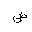
Letter: _dad